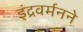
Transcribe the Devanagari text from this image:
इंद्रवर्मनने